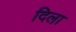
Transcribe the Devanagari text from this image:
दिला़